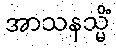
အာသနသ္မိံ